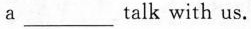
a___talk with us.